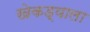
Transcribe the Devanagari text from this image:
खेकड्याला